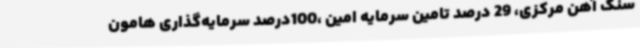
سنگ آهن مرکزی، 29 درصد تامین سرمایه امین ،100درصد سرمایه‌گذاری هامون